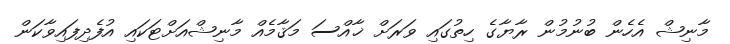
މާނިޝް އެހެން ބުނުމުން ރާޔާގެ ހިތުގައި ވަރަށް ޚާއްސަ މަޤާމެއް މާނިޝްއަށްޓަކައި އުފެދިފައިވާކަން